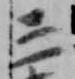
三